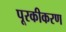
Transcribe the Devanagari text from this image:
पूरकीकरण